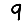
Digit: 9